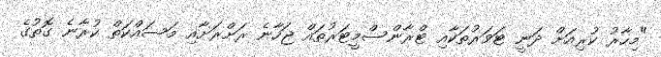
"މިހާރު ކުރިއަށް ދަނީ ޓަވަރުތަކާއި ޓްރާންސްމީޓަރުތައް ޖަހާނެ ރަށްރަށާއި މަސައްކަތް ކުރާނެ ގޮތުގެ